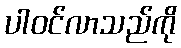
ပါဝင်လာသည်ကို